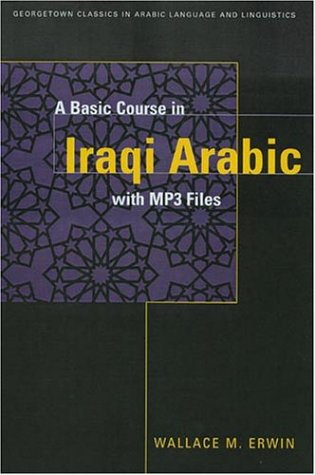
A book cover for A BASIC COURSE IN IRAQI ARABIC with MP3 Audio Files (Georgetown Classics in Arabic Language and Linguistics) (Arabic Edition); Wallace Erwin; Reference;